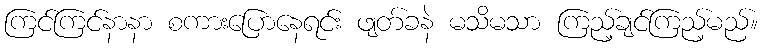
ကြင်ကြင်နာနာ စကားပြောနေရင်း ဖျတ်ခနဲ မသိမသာ ကြည့်ချင်ကြည့်မည်။